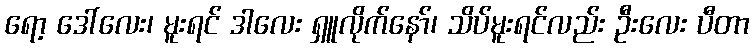
ရော့ ဒေါ်လေး၊ မူးရင် ဒါလေး ရှူလိုက်နော်၊ သိပ်မူးရင်လည်း ဦးလေး ပီတာ